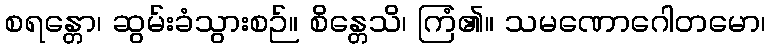
စရန္တော၊ ဆွမ်းခံသွားစဉ်။ စိန္တေသိ၊ ကြံ၏။ သမဏောဂေါတမော၊